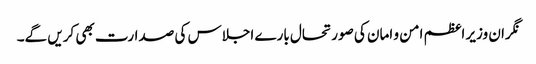
نگران وزیر اعظم امن و امان کی صورتحال بارے اجلاس کی صدارت بھی کریں گے۔